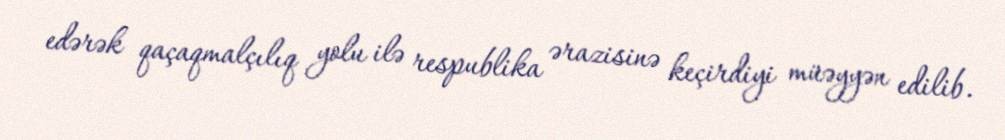
edərək qaçaqmalçılıq yolu ilə respublika ərazisinə keçirdiyi müəyyən edilib.